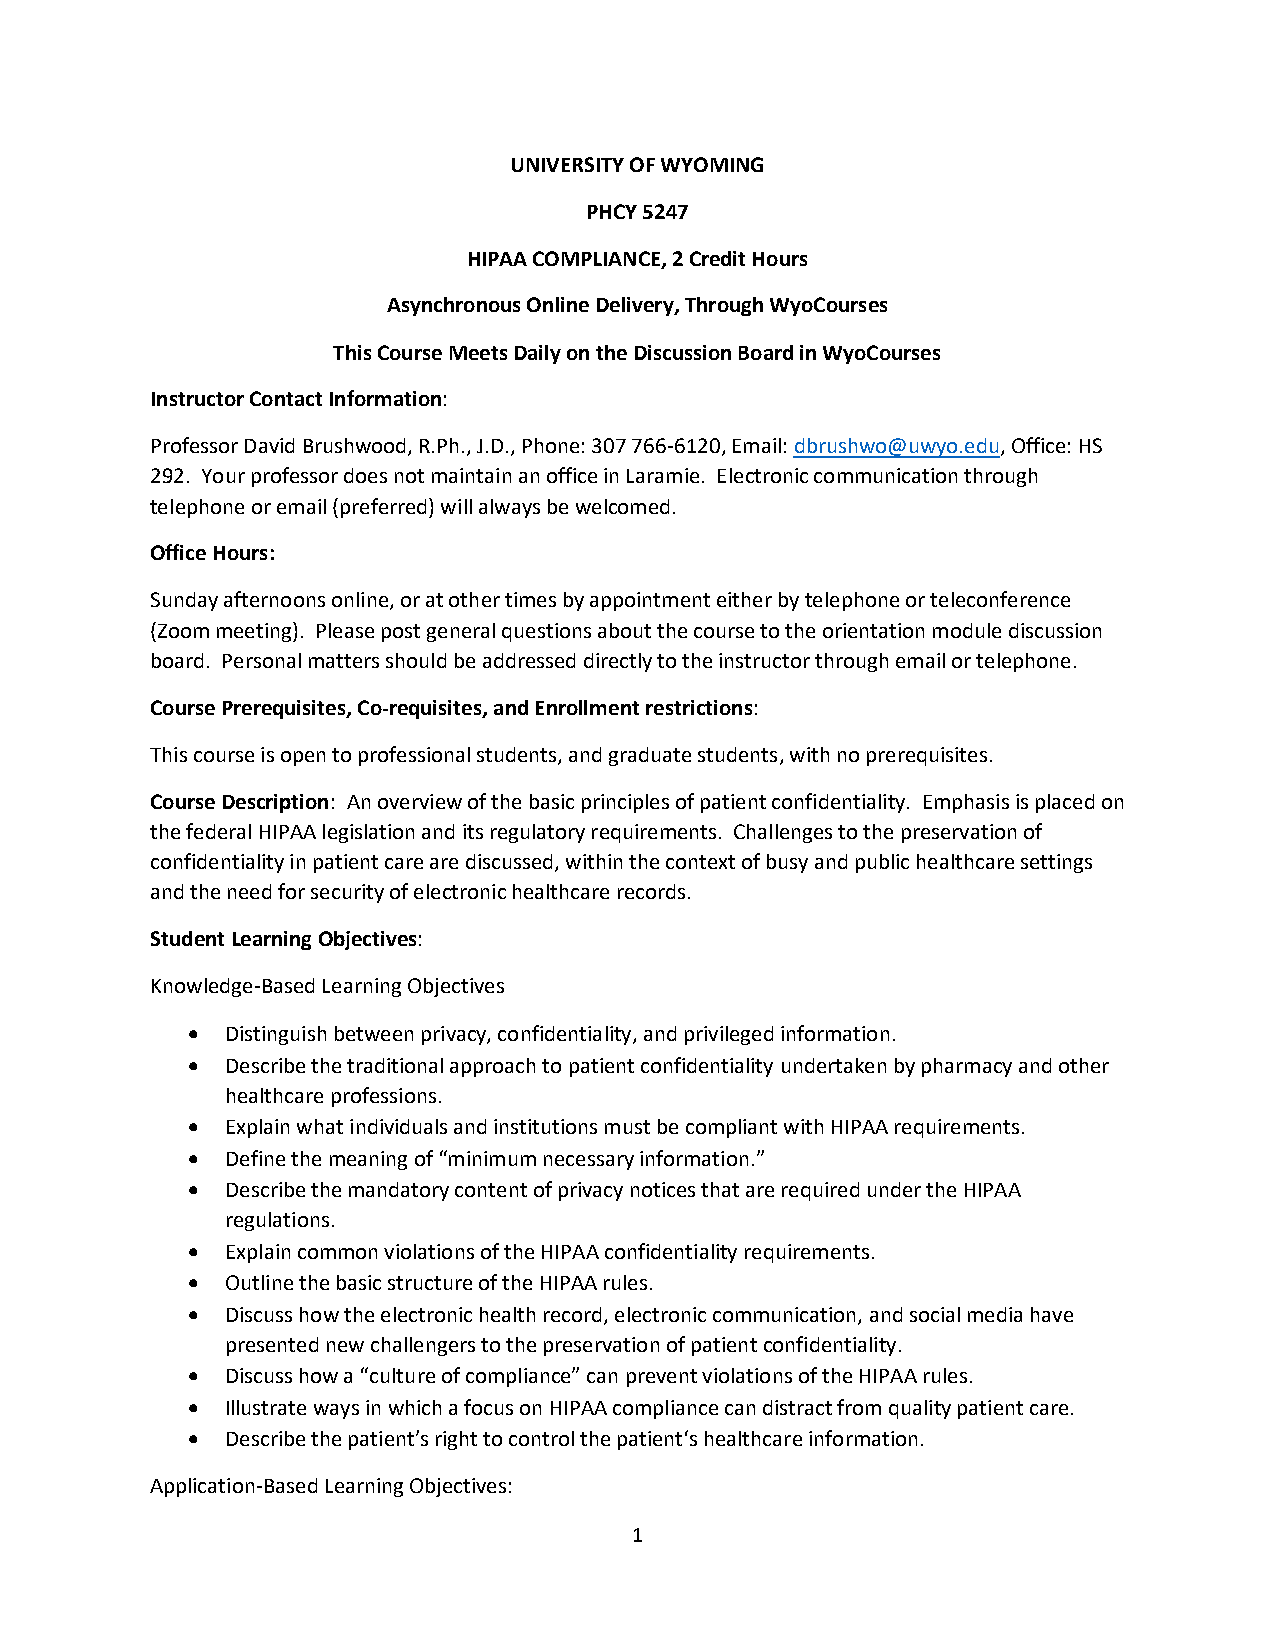
UNIVERSITY OF WYOMING
 PHCY 5247
 HIPAA COMPLIANCE, 2 Credit Hours
 Asynchronous Online Delivery, Through WyoCourses
 This Course Meets Daily on the Discussion Board in WyoCourses
 Instructor Contact Information:
 Professor David Brushwood, R.Ph., J.D., Phone: 307 766-6120, Email: dbrushwo@uwyo.edu, Office: HS
 292. Your professor does not maintain an office in Laramie. Electronic communication through
 telephone or email (preferred) will always be welcomed.
 Office Hours:
 Sunday afternoons online, or at other times by appointment either by telephone or teleconference
 (Zoom meeting). Please post general questions about the course to the orientation module discussion
 board. Personal matters should be addressed directly to the instructor through email or telephone.
 Course Prerequisites, Co-requisites, and Enrollment restrictions:
 This course is open to professional students, and graduate students, with no prerequisites.
 Course Description: An overview of the basic principles of patient confidentiality. Emphasis is placed on
 the federal HIPAA legislation and its regulatory requirements. Challenges to the preservation of
 confidentiality in patient care are discussed, within the context of busy and public healthcare settings
 and the need for security of electronic healthcare records.
 Student Learning Objectives:
 Knowledge-Based Learning Objectives
 •  Distinguish between privacy, confidentiality, and privileged information.
 •  Describe the traditional approach to patient confidentiality undertaken by pharmacy and other
 healthcare professions.
 •  Explain what individuals and institutions must be compliant with HIPAA requirements.
 •  Define the meaning of “minimum necessary information.”
 •  Describe the mandatory content of privacy notices that are required under the HIPAA
 regulations.
 •  Explain common violations of the HIPAA confidentiality requirements.
 •  Outline the basic structure of the HIPAA rules.
 •  Discuss how the electronic health record, electronic communication, and social media have
 presented new challengers to the preservation of patient confidentiality.
 •  Discuss how a “culture of compliance” can prevent violations of the HIPAA rules.
 •  Illustrate ways in which a focus on HIPAA compliance can distract from quality patient care.
 •  Describe the patient’s right to control the patient‘s healthcare information.
 Application-Based Learning Objectives:
 1